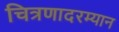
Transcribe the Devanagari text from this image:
चित्रणादरम्यान